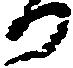
か